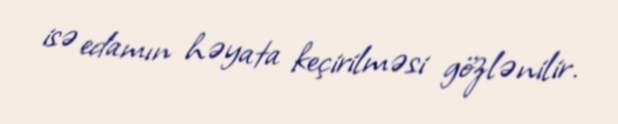
isə edamın həyata keçirilməsi gözlənilir.